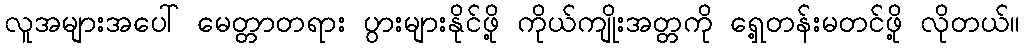
လူအများအပေါ် မေတ္တာတရား ပွားများနိုင်ဖို့ ကိုယ်ကျိုးအတ္တကို ရှေ့တန်းမတင်ဖို့ လိုတယ်။